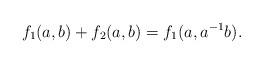
LaTeX: \begin{align*}f_1(a,b)+f_2(a,b)=f_1(a,a^{-1}b).\end{align*}